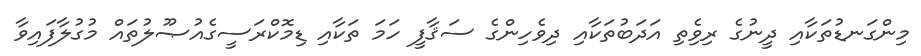
މިންގަނޑުތަކާއި ދީނުގެ ރިވެިތި އަދަބުތަކާއި ދިވެހިންގެ ސަޤާފީ ހަމަ ތަކާއި ޑިމޮކްރަސީގެއުޞޫލުތައް މުގުލާފައިވާ